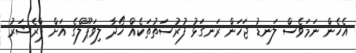
އެހެން ނަމަވެސް ލަނޑު ޖަހަން ރަނގަޅު ފުރުސަތުތަކެއް ހޯދާ ލިވަޕޫލްގެ އަށް ޕްރެޝަރު